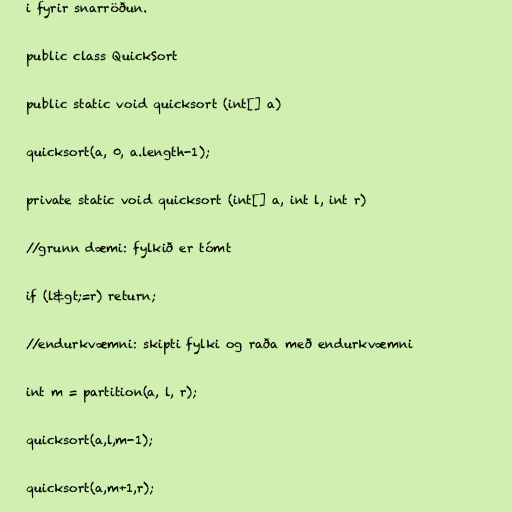
i fyrir snarröðun.

public class QuickSort

public static void quicksort (int[] a)

quicksort(a, 0, a.length-1);

private static void quicksort (int[] a, int l, int r)

//grunn dæmi: fylkið er tómt

if (l&gt;=r) return;

//endurkvæmni: skipti fylki og raða með endurkvæmni

int m = partition(a, l, r);

quicksort(a,l,m-1);

quicksort(a,m+1,r);